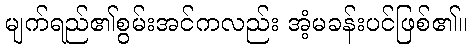
မျက်ရည်၏စွမ်းအင်ကလည်း အံ့မခန်းပင်ဖြစ်၏။